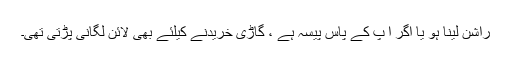
راشن لینا ہو یا اگر آ پ کے پاس پیسہ ہے ، گاڑی خریدنے کیلئے بھی لائن لگانی پڑتی تھی۔